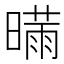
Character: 𰖣